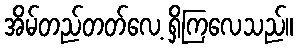
အိမ်တည်တတ်လေ့ ရှိကြလေသည်။